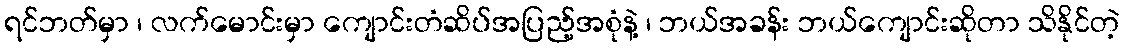
ရင်ဘတ်မှာ ၊ လက်မောင်းမှာ ကျောင်းတံဆိပ်အပြည့်အစုံနဲ့ ၊ ဘယ်အခန်း ဘယ်ကျောင်းဆိုတာ သိနိုင်တဲ့